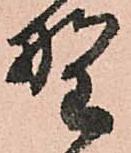
野